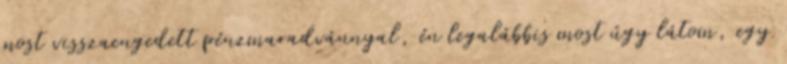
most visszaengedett pénzmaradvánnyal, én legalábbis most úgy látom, egy